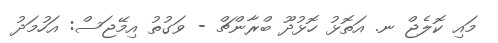
މައި ކޮލެޖް ނ. އަތޮޅު ހޮޅުދޫ ބްރާންޗް - ވަގުތު އިމޭޖަސް: އަހުމަދު